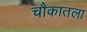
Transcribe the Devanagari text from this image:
चौकातला